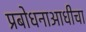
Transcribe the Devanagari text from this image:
प्रबोधनाआधीचा